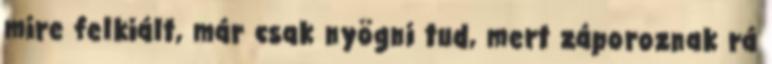
mire felkiált, már csak nyögni tud, mert záporoznak rá